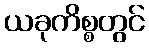
ယခုကိစ္စတွင်